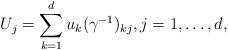
LaTeX: \begin{align*}U_j&=\sum_{k=1}^du_k(\gamma^{-1})_{kj},j=1,\dots,d,\end{align*}